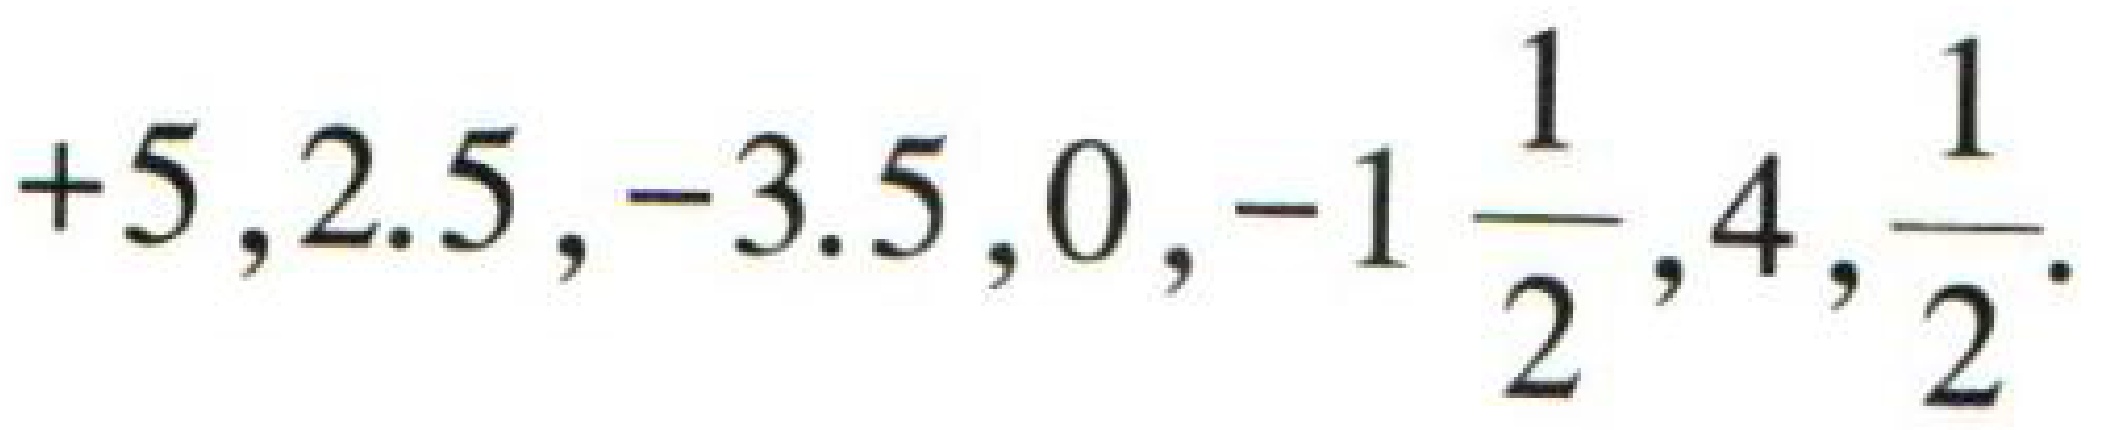
$+5,2.5,-3.5,0,-1\frac{1}{2},4,\frac{1}{2}$